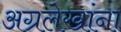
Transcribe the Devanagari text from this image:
अग्रलेखांना